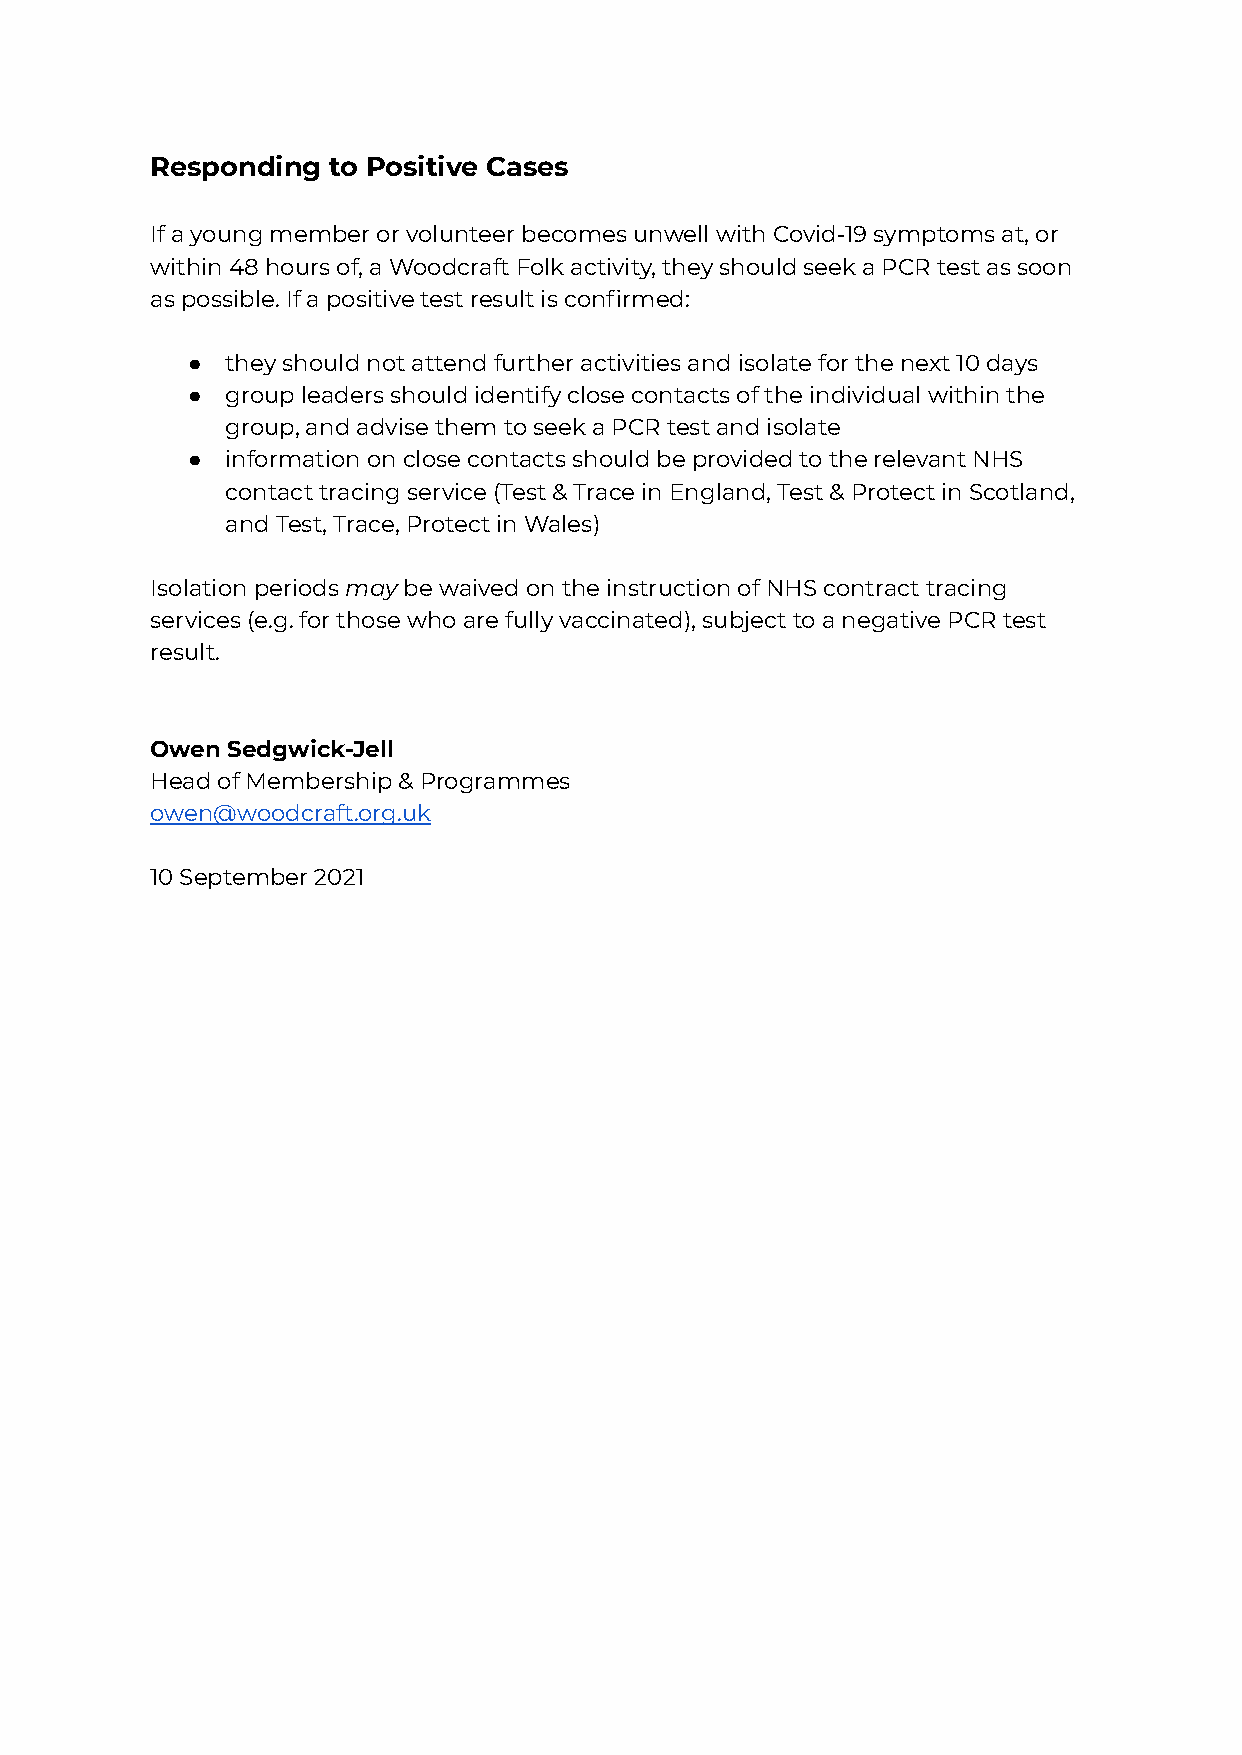
Responding  to Positive Cases
 If a young member or volunteer becomes unwell with Covid-19 symptoms at, or
 within 48 hours of, a Woodcraft Folk activity, they should seek a PCR test as soon
 as possible. If a positive test result is confirmed:
 ●  they should not attend further activities and isolate for the next 10 days
 ●  group leaders should identify close contacts of the individual within the
 group, and advise them to seek a PCR test and isolate
 ●  information on close contacts should be provided to the relevant NHS
 contact tracing service (Test & Trace in England, Test & Protect in Scotland,
 and Test, Trace, Protect in Wales)
 Isolation periodsmaybe waived on the instructionof NHS contract tracing
 services (e.g. for those who are fully vaccinated), subject to a negative PCR test
 result.
 Owen Sedgwick-Jell
 Head of Membership & Programmes
 owen@woodcraft.org.uk
 10 September 2021